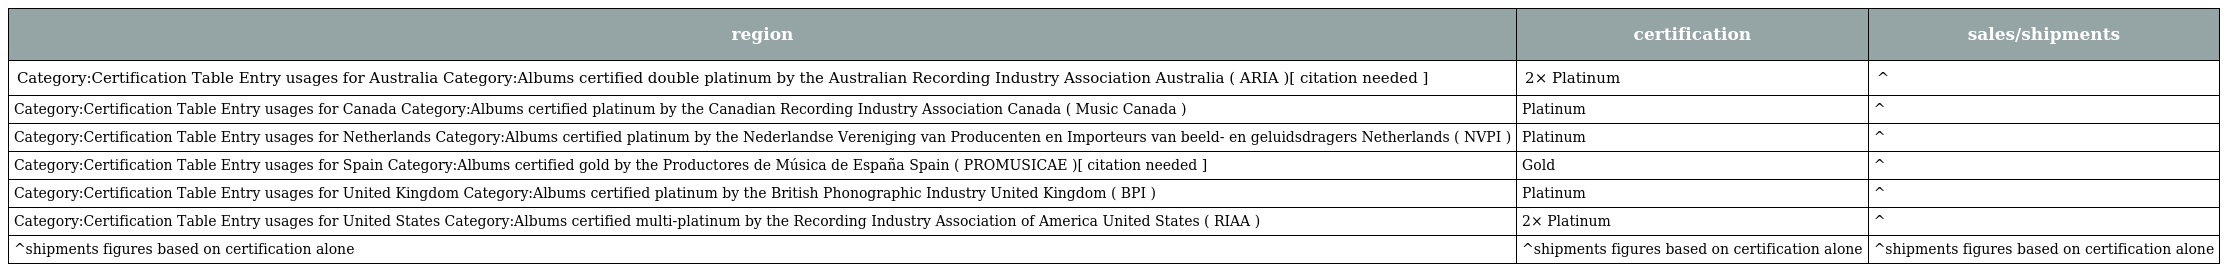
| region | certification | sales/shipments |
 | --- | --- | --- |
 | Category:Certification Table Entry usages for Australia Category:Albums certified double platinum by the Australian Recording Industry Association Australia ( ARIA )[ citation needed ] | 2× Platinum | ^ |
 | Category:Certification Table Entry usages for Canada Category:Albums certified platinum by the Canadian Recording Industry Association Canada ( Music Canada ) | Platinum | ^ |
 | Category:Certification Table Entry usages for Netherlands Category:Albums certified platinum by the Nederlandse Vereniging van Producenten en Importeurs van beeld- en geluidsdragers Netherlands ( NVPI ) | Platinum | ^ |
 | Category:Certification Table Entry usages for Spain Category:Albums certified gold by the Productores de Música de España Spain ( PROMUSICAE )[ citation needed ] | Gold | ^ |
 | Category:Certification Table Entry usages for United Kingdom Category:Albums certified platinum by the British Phonographic Industry United Kingdom ( BPI ) | Platinum | ^ |
 | Category:Certification Table Entry usages for United States Category:Albums certified multi-platinum by the Recording Industry Association of America United States ( RIAA ) | 2× Platinum | ^ |
 | ^shipments figures based on certification alone | ^shipments figures based on certification alone | ^shipments figures based on certification alone |